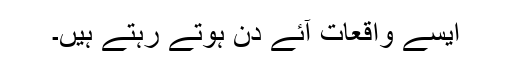
ایسے واقعات آئے دن ہوتے رہتے ہیں۔